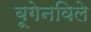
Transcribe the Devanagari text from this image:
बूगेनविले